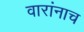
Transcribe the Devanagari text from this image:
वारांनाच